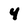
Character: 4